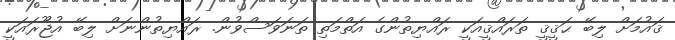
ޤައުމަށް ލިބޭ ޙަޤީޤީ ތަރައްޤީއަކީ ރައްޔިތުންގެ އަތްމަތި ތަނަވަސްވުން. ރައްޔިތުންނަށް ލިބޭ އުޖޫރައަކީ